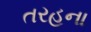
તરહના